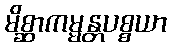
မိစ္ဆာကမ္မန္တပစ္စယာ